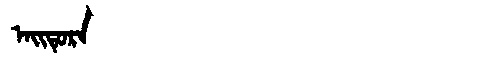
Manchu: ᠠᡳᡨᡠᡵᠠ
Romanization: AITURA